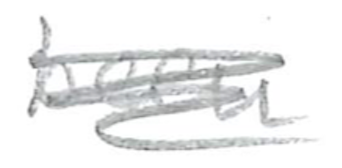
Text: been
Cross-out: scratch
Writing tool: pencil